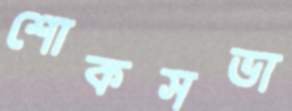
শোকসভা